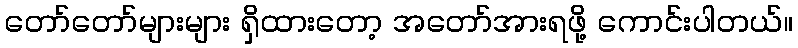
တော်တော်များများ ရှိထားတော့ အတော်အားရဖို့ ကောင်းပါတယ်။